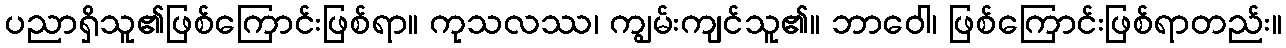
ပညာရှိသူ၏ဖြစ်ကြောင်းဖြစ်ရာ။ ကုသလဿ၊ ကျွမ်းကျင်သူ၏။ ဘာဝေါ၊ ဖြစ်ကြောင်းဖြစ်ရာတည်း။